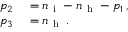
\begin{array} { r l } { p _ { 2 } } & { { } = n _ { \mathrm { ~ i ~ } } - n _ { \mathrm { ~ h ~ } } - p _ { 1 } \, , } \\ { p _ { 3 } } & { { } = n _ { \mathrm { ~ h ~ } } \, . } \end{array}